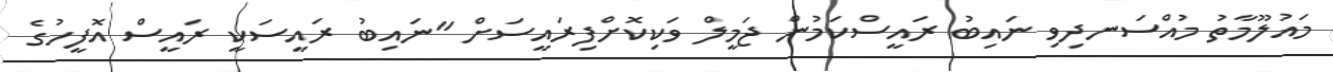
މައުލޫމާތު މުއްސަނދިވި ނައިބު ރައީސްކަމުން ޖަމީލް ވަކިކޮށްފިރައީސަށް "ނައިބު ރައީސަކީ ރައީސް އޮފީހުގެ